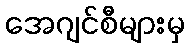
အေဂျင်စီများမှ